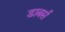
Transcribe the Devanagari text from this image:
डाबर्स